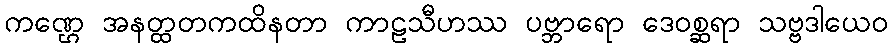
ကဏ္ဌေ အနတ္ထတကထိနတာ ကာဠသီဟဿ ပဗ္ဘာရော ဒေဝစ္ဆရာ သဗ္ဗဒါယေဝ